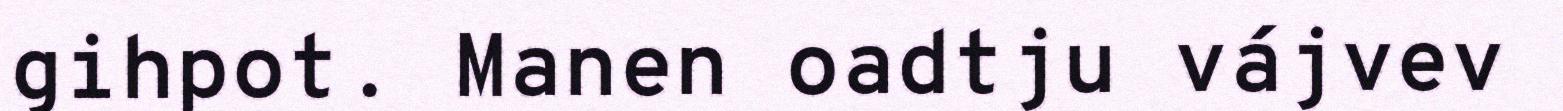
gihpot. Manen oadtju vájvev